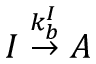
I \stackrel { k _ { b } ^ { I } } { \rightarrow } A